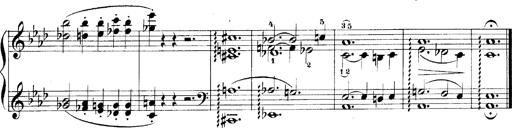
Title: LiebestrÃ¤ume
Composer: Franz Behr
Key: E-flat major